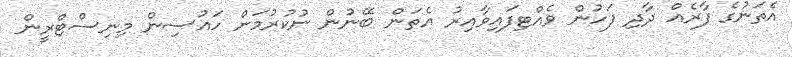
އެތަނުގެ ފާރެއް ދާދި ފަހުން ވެއްޓިފައިވާއިރު އެތަން ބޭނުން ނުކުރުމަށް ހައުސިން މިނިސްޓްރީން